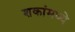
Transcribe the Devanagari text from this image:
शकांमध्ये